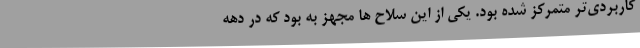
کاربردی‌تر متمرکز شده بود. یکی از این سلاح ها مجهز به بود که در دهه